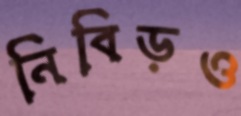
নিবিড়ও